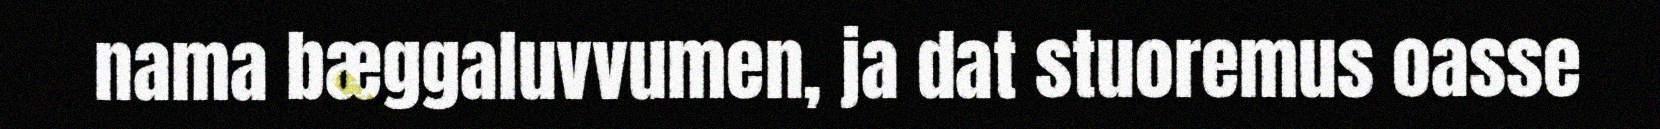
nama bæggaluvvumen, ja dat stuoremus oasse